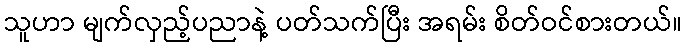
သူဟာ မျက်လှည့်ပညာနဲ့ ပတ်သက်ပြီး အရမ်း စိတ်ဝင်စားတယ်။